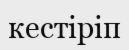
кестіріп